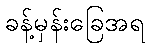
ခန့်မှန်းခြေအရ